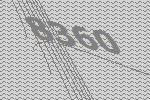
8360